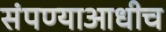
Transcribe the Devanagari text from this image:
संपण्याआधीच